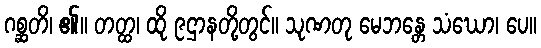
ဂစ္ဆတိ၊ ၏။ တတ္ထ၊ ထို ၉ဌာနတို့တွင်။ သုဏတု မေဘန္တေ သံဃော၊ ပေ။